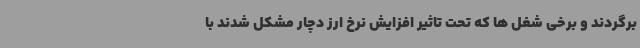
برگردند و برخی شغل ها که تحت تاثیر افزایش نرخ ارز دچار مشکل شدند با